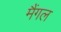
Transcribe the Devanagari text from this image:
मैंगल